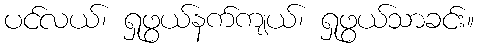
ပင်လယ်၊ ရှုဖွယ်နက်ကျယ်၊ ရှုဖွယ်သာခင်း။